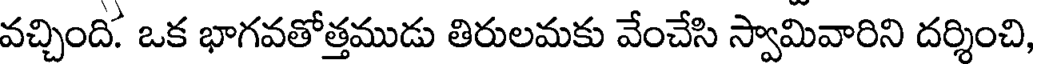
వచ్చింది. ఒక భాగవతోత్తముడు తిరులమకు వేంచేసి స్వామివారిని దర్శించి,